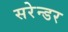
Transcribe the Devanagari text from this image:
सरेन्डर